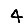
Digit: 4